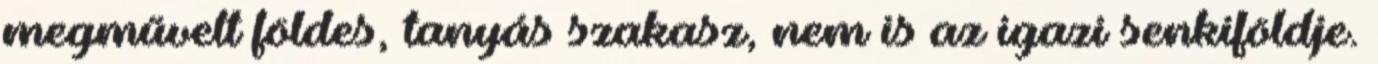
megművelt földes, tanyás szakasz, nem is az igazi senkiföldje.